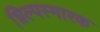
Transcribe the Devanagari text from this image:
शिल्पस्मारक